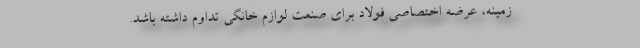
زمینه، عرضه اختصاصی فولاد برای صنعت لوازم خانگی تداوم داشته باشد.